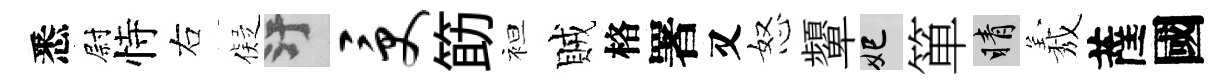
悉尉恃右儗污受筯袒賊格署又怒顰妃箪睛𦏁薩國